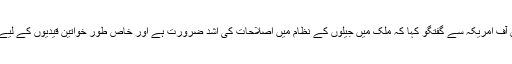
انسانی حقوق کے سرگرم کارکن اور وکیل ضیا اعوان نے وائس آف امریکہ سے گفتگو کہا کہ ملک میں جیلوں کے نظام میں اصلاحات کی اشد ضرورت ہے اور خاص طور خواتین قیدیوں کے لیے ایسا عملہ تعینات کرنا چاہیئے جو صرف خواتین پر مشتمل ہو۔